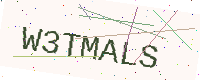
Text: W3TMALS